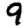
Digit: 9